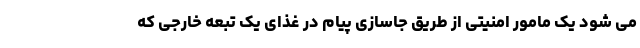
می شود یک مامور امنیتی از طریق جاسازی پیام در غذای یک تبعه خارجی که